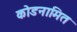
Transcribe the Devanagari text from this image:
कोडनामित